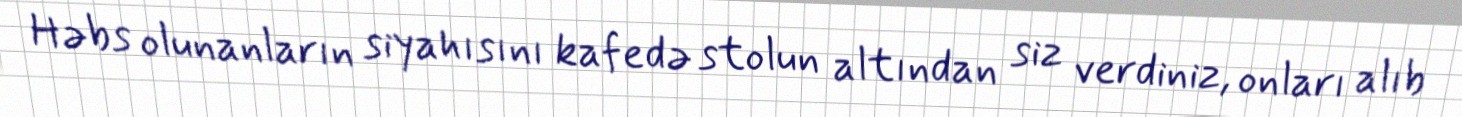
Həbs olunanların siyahısını kafedə stolun altından siz verdiniz, onları alıb